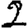
Digit: 2